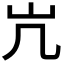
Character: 𫵳